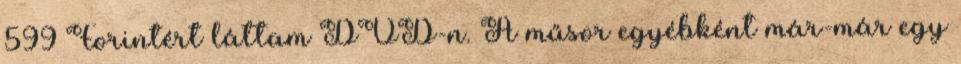
599 Forintért láttam DVD-n. A műsor egyébként már-már egy